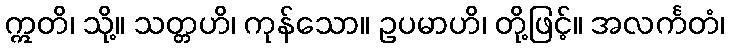
ဣတိ၊ သို့။ သတ္တဟိ၊ ကုန်သော။ ဥပမာဟိ၊ တို့ဖြင့်။ အလင်္ကတံ၊